255_413270_UFO's_and_Defense_What_Should_we_Prepare_For
Agency: NASA
Page 87
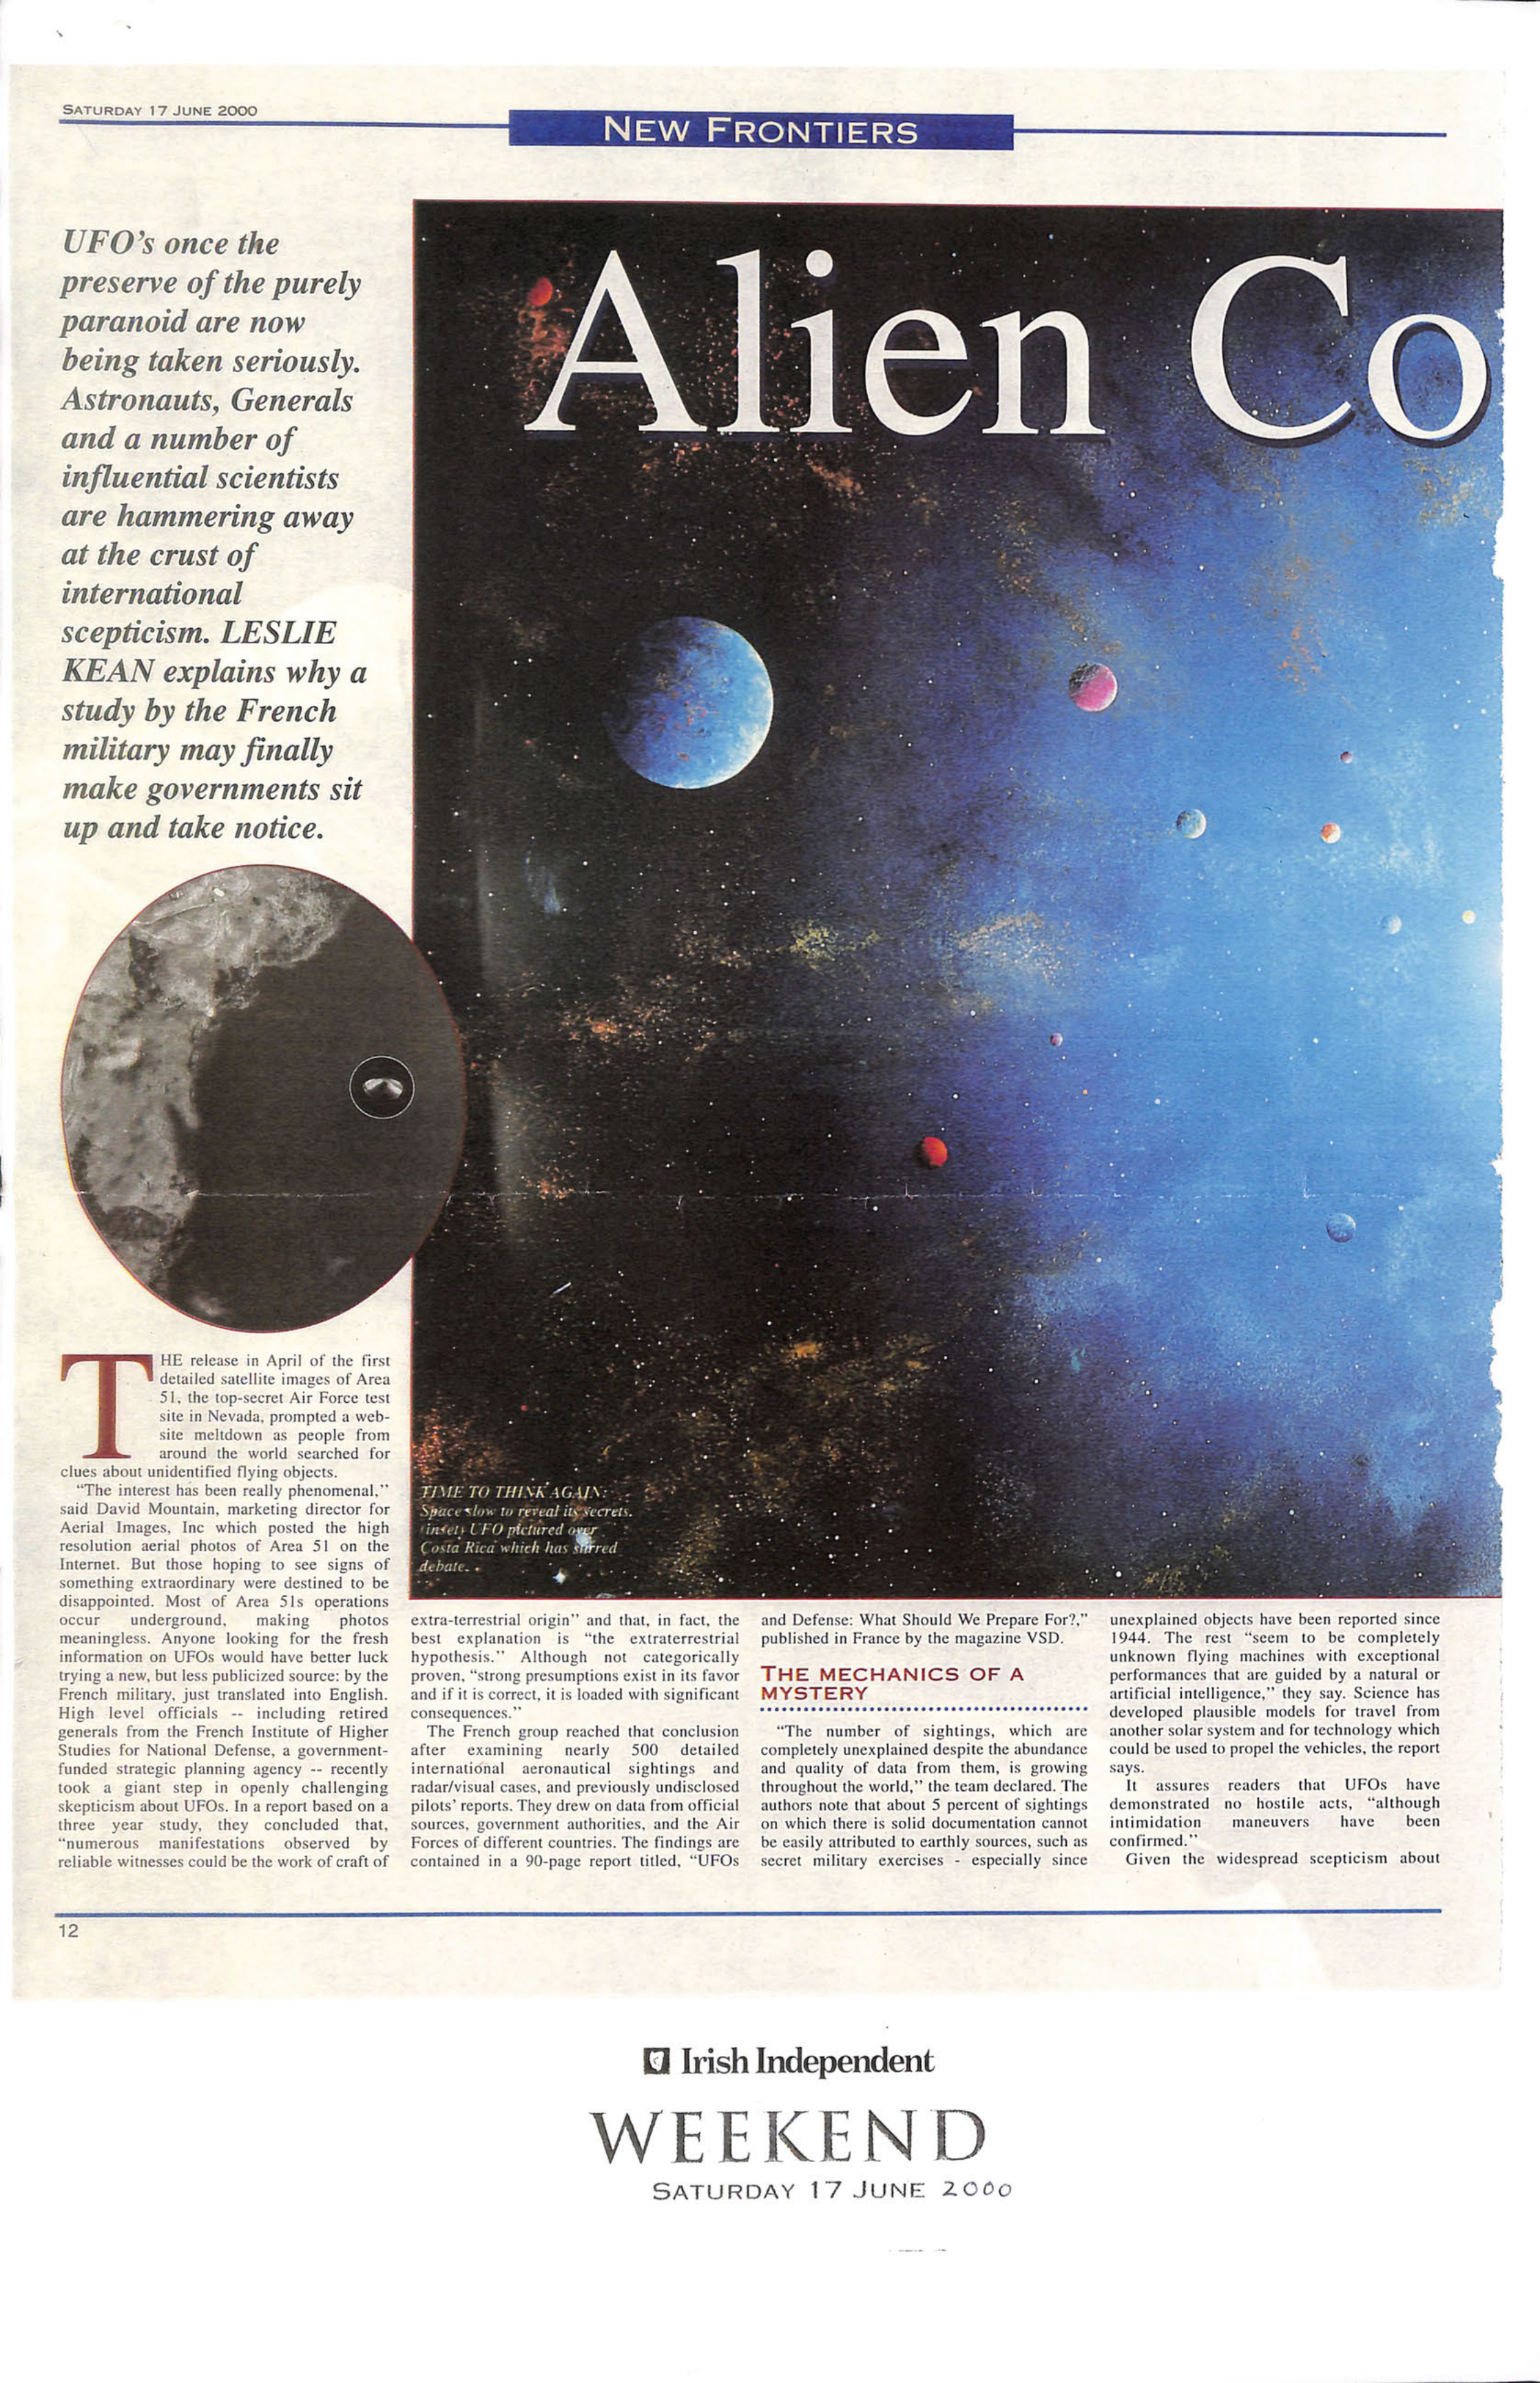